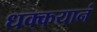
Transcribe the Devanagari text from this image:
धक्कयानं